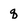
Character: q